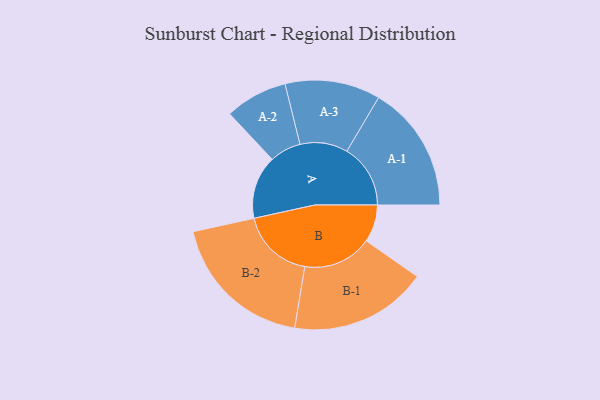
{"axis": {"x": "Segment", "y": "Value"}, "legend": ["", "A", "B"], "data": [{"x": "A", "y": 259, "type": ""}, {"x": "B", "y": 153, "type": ""}, {"x": "A-1", "y": 260, "type": "A"}, {"x": "A-2", "y": 128, "type": "A"}, {"x": "A-3", "y": 195, "type": "A"}, {"x": "B-1", "y": 282, "type": "B"}, {"x": "B-2", "y": 299, "type": "B"}]}